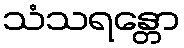
သံသရန္တော